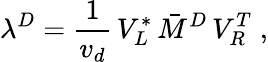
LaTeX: \lambda^{D}=\frac{1}{v_{d}}\, V_{L}^{*}\, {\bar{M}}^{D}\, V_{R}^{T}\; ,